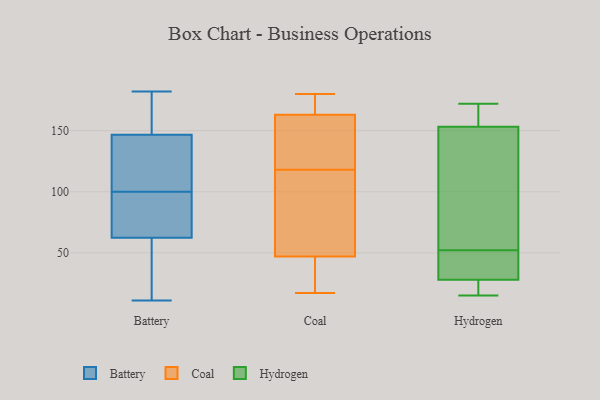
{"axis": {"x": "Production Output", "y": "Value"}, "legend": ["Battery", "Coal", "Hydrogen"], "data": [{"x": "", "y": 182, "type": "Battery"}, {"x": "", "y": 100, "type": "Battery"}, {"x": "", "y": 171, "type": "Battery"}, {"x": "", "y": 137, "type": "Battery"}, {"x": "", "y": 150, "type": "Battery"}, {"x": "", "y": 92, "type": "Battery"}, {"x": "", "y": 53, "type": "Battery"}, {"x": "", "y": 11, "type": "Battery"}, {"x": "", "y": 35, "type": "Battery"}, {"x": "", "y": 90, "type": "Battery"}, {"x": "", "y": 130, "type": "Battery"}, {"x": "", "y": 19, "type": "Coal"}, {"x": "", "y": 29, "type": "Coal"}, {"x": "", "y": 63, "type": "Coal"}, {"x": "", "y": 178, "type": "Coal"}, {"x": "", "y": 161, "type": "Coal"}, {"x": "", "y": 140, "type": "Coal"}, {"x": "", "y": 70, "type": "Coal"}, {"x": "", "y": 47, "type": "Coal"}, {"x": "", "y": 173, "type": "Coal"}, {"x": "", "y": 180, "type": "Coal"}, {"x": "", "y": 163, "type": "Coal"}, {"x": "", "y": 96, "type": "Coal"}, {"x": "", "y": 143, "type": "Coal"}, {"x": "", "y": 17, "type": "Coal"}, {"x": "", "y": 52, "type": "Hydrogen"}, {"x": "", "y": 172, "type": "Hydrogen"}, {"x": "", "y": 116, "type": "Hydrogen"}, {"x": "", "y": 163, "type": "Hydrogen"}, {"x": "", "y": 17, "type": "Hydrogen"}, {"x": "", "y": 38, "type": "Hydrogen"}, {"x": "", "y": 26, "type": "Hydrogen"}, {"x": "", "y": 34, "type": "Hydrogen"}, {"x": "", "y": 171, "type": "Hydrogen"}, {"x": "", "y": 15, "type": "Hydrogen"}, {"x": "", "y": 124, "type": "Hydrogen"}]}